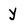
Character: y